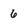
Character: 6